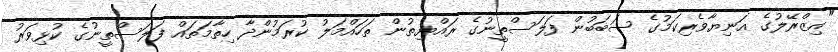
"އިޒްރޭލުގެ އަނިޔާވެރިކަމުގެ ސަބަބުން ފަލަސްތީނުގެ ރައްޔިތުން ތަހައްމަލު ކުރަމުންދާ ހިތާމަތައް ފަލަސްތީނުގެ ކުޅިވަރު